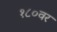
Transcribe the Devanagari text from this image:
१८०वर